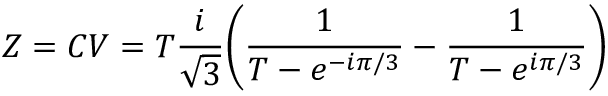
Z = C V = T { \frac { i } { \sqrt { 3 } } } \biggl ( { \frac { 1 } { T - e ^ { - i \pi / 3 } } } - { \frac { 1 } { T - e ^ { i \pi / 3 } } } \biggr )